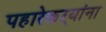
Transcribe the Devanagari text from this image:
पहारेकऱ्यांना